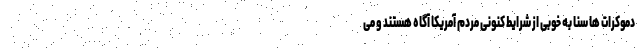
دموکرات ها سنا به خوبی از شرایط کنونی مردم آمریکا آگاه هستند و می